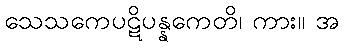
သေသကေပဋိပန္နကေတိ၊ ကား။ အ